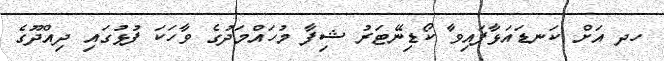
ހދ އަށް ކަނޑައަޅާފައިވާ ކޯޑިނޭޓަރު ޝިފާ މުހައްމަދުގެ ވާހަކަ ފުޅުގައި ދިއްދޫގެ